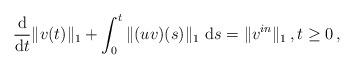
LaTeX: \begin{align*}\frac{\mathrm{d}}{\mathrm{d}t} \|v(t)\|_1 + \int_0^t \|(uv)(s)\|_1\ \mathrm{d}s = \|v^{in}\|_1\,, t\ge 0\,, \end{align*}